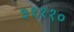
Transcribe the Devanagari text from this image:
३१११०